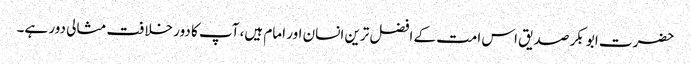
حضرت ابو بکر صدیق اس امت کے افضل ترین انسان اور امام ہیں، آپ کا دور خلافت مثالی دور ہے۔